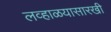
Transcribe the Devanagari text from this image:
लव्हाळयासारखी